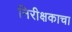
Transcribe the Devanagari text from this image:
निरीक्षकाचा